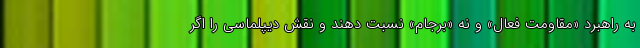
به راهبرد «مقاومت فعال» و نه «برجام» نسبت دهند و نقش دیپلماسی را اگر